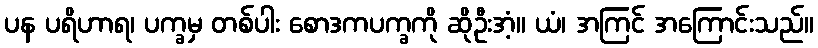
ပန ပရိဟာရ၊ ပက္ခမှ တစ်ပါး စောဒကပက္ခကို ဆိုဦးအံ့။ ယံ၊ အကြင် အကြောင်းသည်။